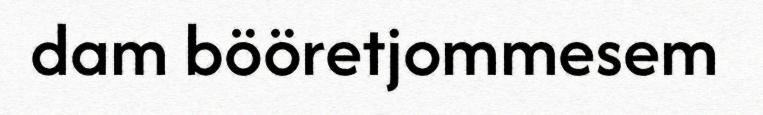
dam bööretjommesem